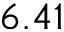
6 . 4 1